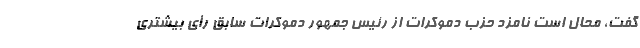
گفت، محال است نامزد حزب دموکرات از رئیس جمهور دموکرات سابق رأی بیشتری